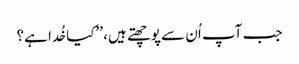
جب آپ اُن سے پوچھتے ہیں، ’’کیا خُدا ہے؟